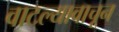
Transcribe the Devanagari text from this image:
वाटल्यावाचून